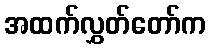
အထက်လွှတ်တော်က